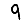
Digit: 9